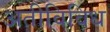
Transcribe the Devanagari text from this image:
अतीविविध